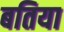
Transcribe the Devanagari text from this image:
बतिया